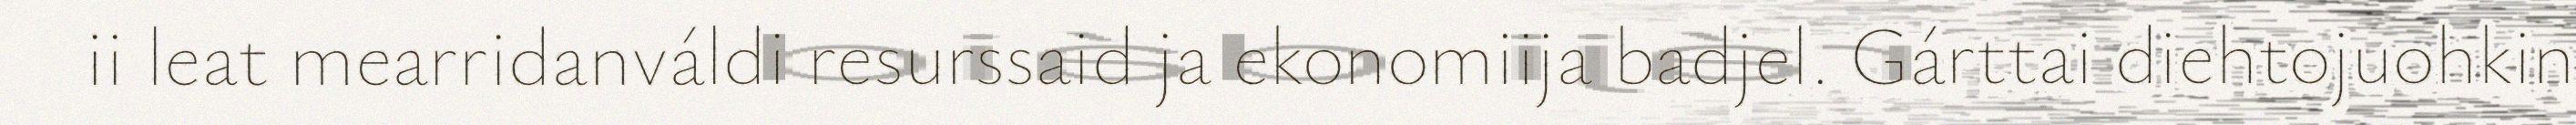
ii leat mearridanváldi resurssaid ja ekonomiija badjel. Gárttai diehtojuohkin